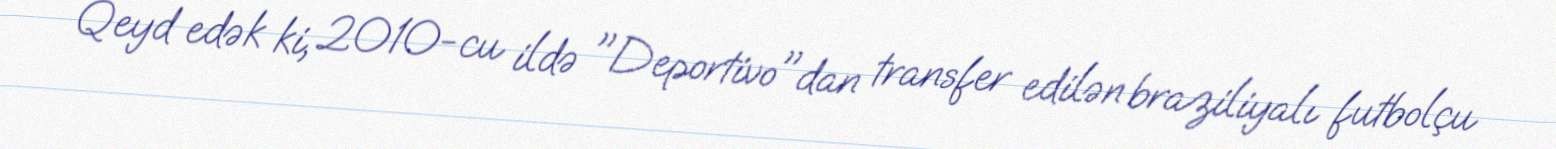
Qeyd edək ki, 2010-cu ildə "Deportivo"dan transfer edilən braziliyalı futbolçu